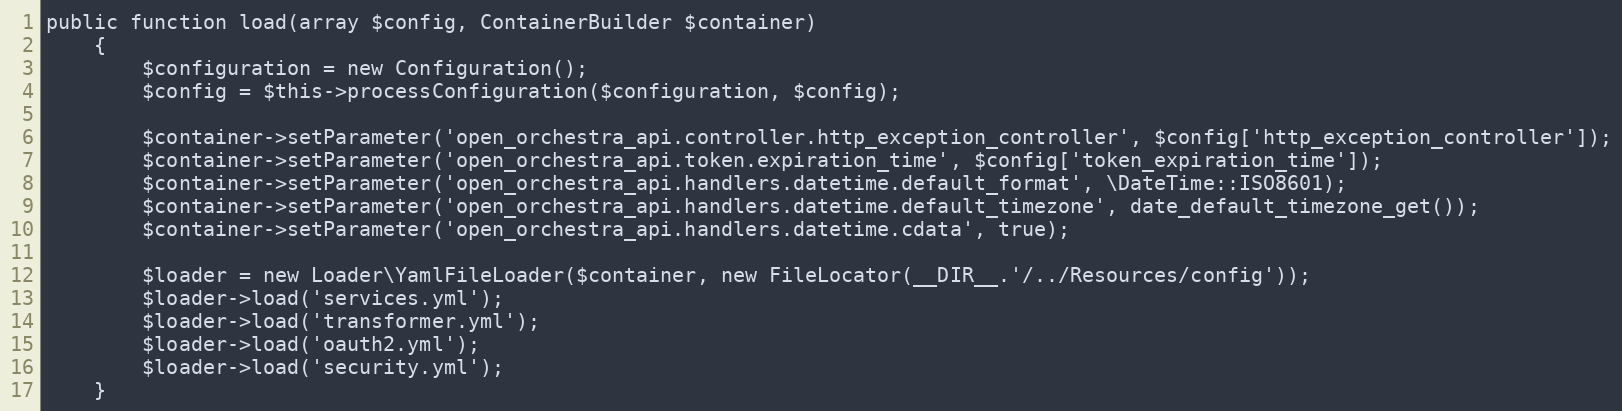
Language: PHP
public function load(array $config, ContainerBuilder $container)
    {
        $configuration = new Configuration();
        $config = $this->processConfiguration($configuration, $config);

        $container->setParameter('open_orchestra_api.controller.http_exception_controller', $config['http_exception_controller']);
        $container->setParameter('open_orchestra_api.token.expiration_time', $config['token_expiration_time']);
        $container->setParameter('open_orchestra_api.handlers.datetime.default_format', \DateTime::ISO8601);
        $container->setParameter('open_orchestra_api.handlers.datetime.default_timezone', date_default_timezone_get());
        $container->setParameter('open_orchestra_api.handlers.datetime.cdata', true);

        $loader = new Loader\YamlFileLoader($container, new FileLocator(__DIR__.'/../Resources/config'));
        $loader->load('services.yml');
        $loader->load('transformer.yml');
        $loader->load('oauth2.yml');
        $loader->load('security.yml');
    }